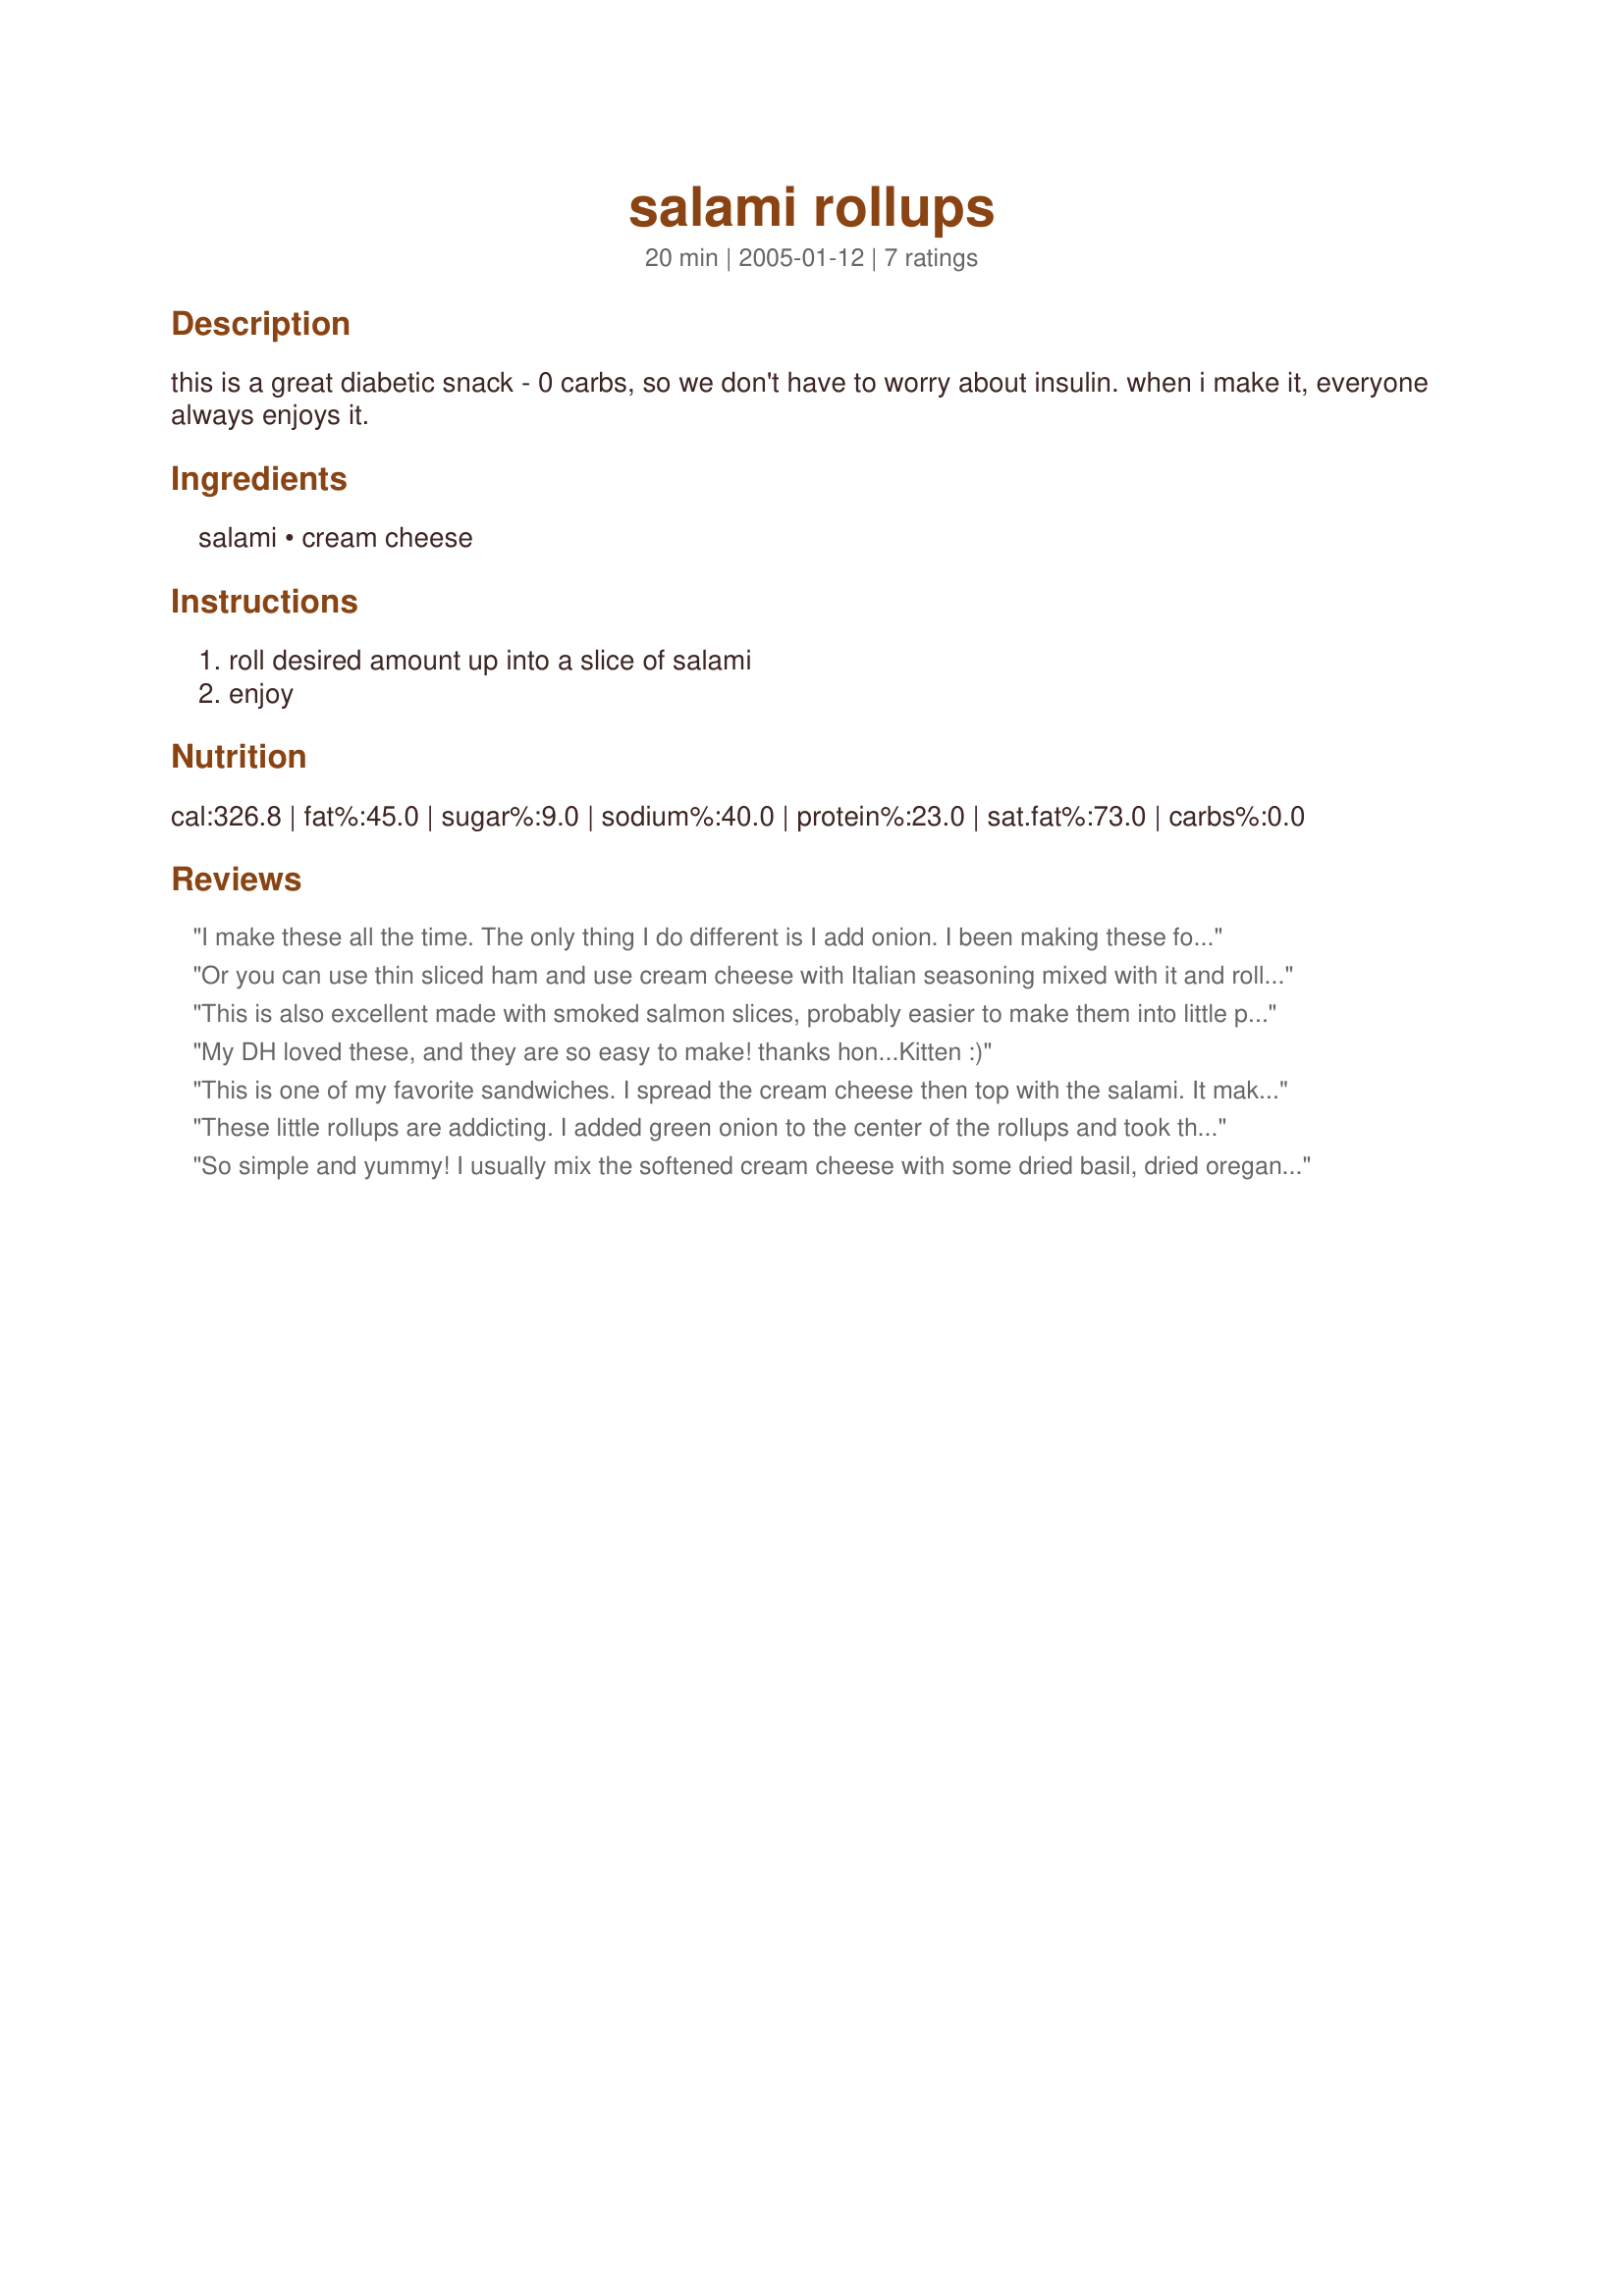
salami rollups
Preparation time: 20 minutes

this is a great diabetic snack - 0 carbs, so we don't have to worry about insulin. when i make it, everyone always enjoys it.

Ingredients:
salami, cream cheese

Steps:
roll desired amount up into a slice of salami, enjoy

Reviews:
I make these all the time. The only thing I do different is I add onion. I been making these for awhile now and I just came across that someone posted a recipe for these..aint much to them but they sure are good.. I got my bestfriend in texas hooked on these too. Great snack and good for low carb diets too..
Or you can use thin sliced ham and use cream cheese with Italian seasoning mixed with it and roll them up. Good stuff
This is also excellent made with smoked salmon slices, probably easier to make them into little parcels rather than just rolling up. For a special occasion put a few prawns on top before rolling up.
My DH loved these, and they are so easy to make! thanks hon...Kitten :)
This is one of my favorite sandwiches. I spread the cream cheese then top with the salami. It makes a great rollup in a tortilla too, add a little green onion or pepperocini.
These little rollups are addicting. I added green onion to the center of the rollups and took them to a work luncheon. They were a huge hit with the staff. I think next time I am going to chop up the green onion and mix it into the cream cheese and then spread it on the salami. Yummy! Made for Diabetic Cooking Tag Game.
So simple and yummy! I usually mix the softened cream cheese with some dried basil, dried oregano, garlic powder, onion powder, and black pepper before spreading it onto the salami and rolling. So good!
